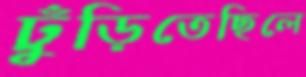
ঢুঁড়িতেছিলে